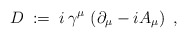
\begin{align*}D\;:=\; i\,\gamma^\mu\,\left( \partial_\mu - i A_\mu\right) \ ,\end{align*}